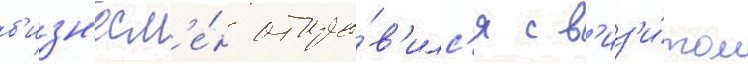
б'изн'есм'е́н отпра́в'илс'я с в'из'и́том